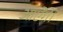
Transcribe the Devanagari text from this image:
आऐंगे।